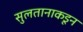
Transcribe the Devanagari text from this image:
सुलतानाकडून